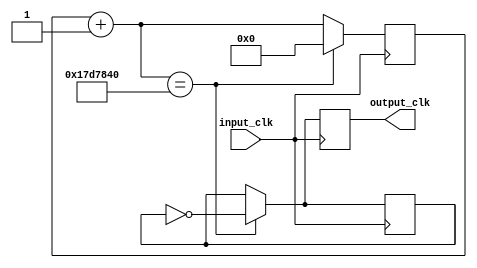
module Clock_1hz(
	input_clk,
	output_clk
);
	input input_clk;
	output reg output_clk;
	
	reg signal;
	reg[24:0] counter;
	reg[24:0] const_data = 25'b1011111010111100001000000;
	
	initial
	begin
		signal = 1'b0;
		counter = 25'b0;
	end

	always@(posedge input_clk)
	begin
		counter = counter + 1'b1;
		if(counter == const_data)
		begin
			signal = ~signal;
			counter = 25'b0;
		end
			output_clk = signal;
	end

endmodule